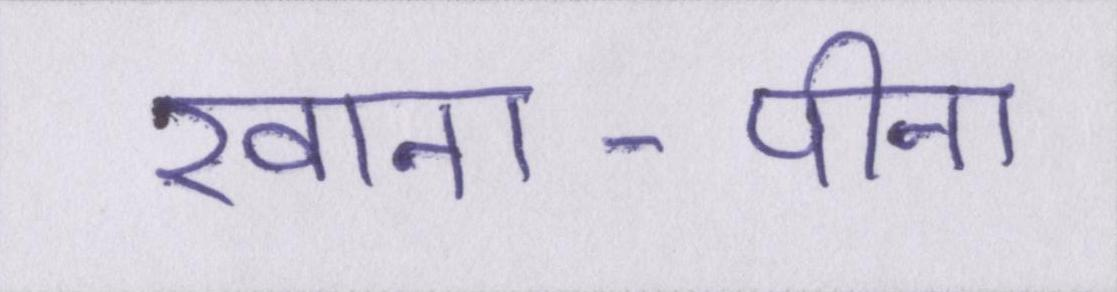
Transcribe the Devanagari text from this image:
खाना-पीना